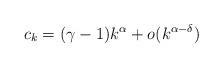
LaTeX: \begin{align*}c_k=(\gamma-1) k^\alpha +o(k^{\alpha-\delta})\end{align*}